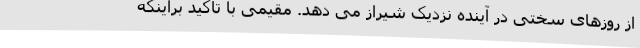
از روزهای سختی در آینده نزدیک شیراز می دهد. مقیمی با تاکید براینکه